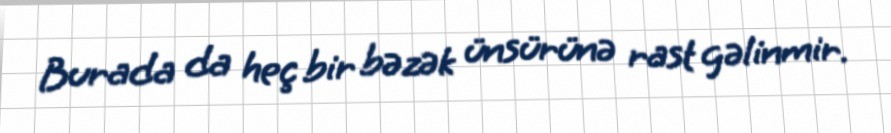
Burada da heç bir bəzək ünsürünə rast gəlinmir.